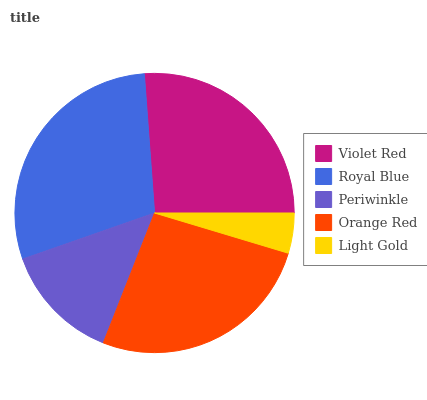
| Violet Red | Royal Blue | Periwinkle | Orange Red | Light Gold |
 | --- | --- | --- | --- | --- |
 | 26.2% | 29.2% | 13.7% | 26.3% | 4.66% |